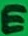
Text: E